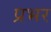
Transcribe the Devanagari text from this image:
प्रभर